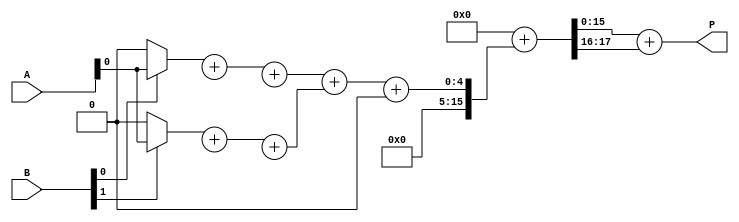
module higher_radix_wallace_multiplier #(parameter N = 8) (
    input [N-1:0] A,
    input [N-1:0] B,
    output [2*N-1:0] P
);

// Partial Product Generation
wire [2*N-1:0] pp [0:7]; // Partial products (up to 8)
generate
    genvar i, j;
    for (i = 0; i < N; i = i + 1) begin : pp_gen
        for (j = 0; j < 8; j = j + 1) begin : inner
            assign pp[j][i + j * 3] = (B[i] && (j == 0)) ? A[j] : 1'b0;
            assign pp[j][i + j * 3 + 1] = (B[i] && (j == 1)) ? A[j] : 1'b0;
            assign pp[j][i + j * 3 + 2] = (B[i] && (j == 2)) ? A[j] : 1'b0;
        end
    end
endgenerate

// Wallace Tree Reduction using Carry Save Adders
wire [2*N-1:0] sum [0:7], carry [0:7];
wire [2*N-1:0] sum_temp[0:3], carry_temp[0:3];

// Initial CSA stage
generate
    for (i = 0; i < 7; i = i + 1) begin : CSA_stage
        assign {carry[i], sum[i]} = pp[0][i] + pp[1][i] + pp[2][i];
    end
endgenerate

// Further reduction stages
generate
    for (i = 0; i < 4; i = i + 1) begin : reduction_stage
        assign {carry_temp[i], sum_temp[i]} = sum[2*i] + sum[2*i + 1] + carry[2*i];
    end
endgenerate

// Final Addition
wire [2*N-1:0] final_sum, final_carry;
assign {final_carry, final_sum} = carry_temp[0] + carry_temp[1] + sum_temp[0];

// Final output
assign P = final_sum + final_carry;

endmodule